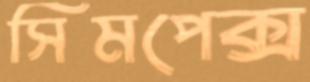
সিমপেক্স